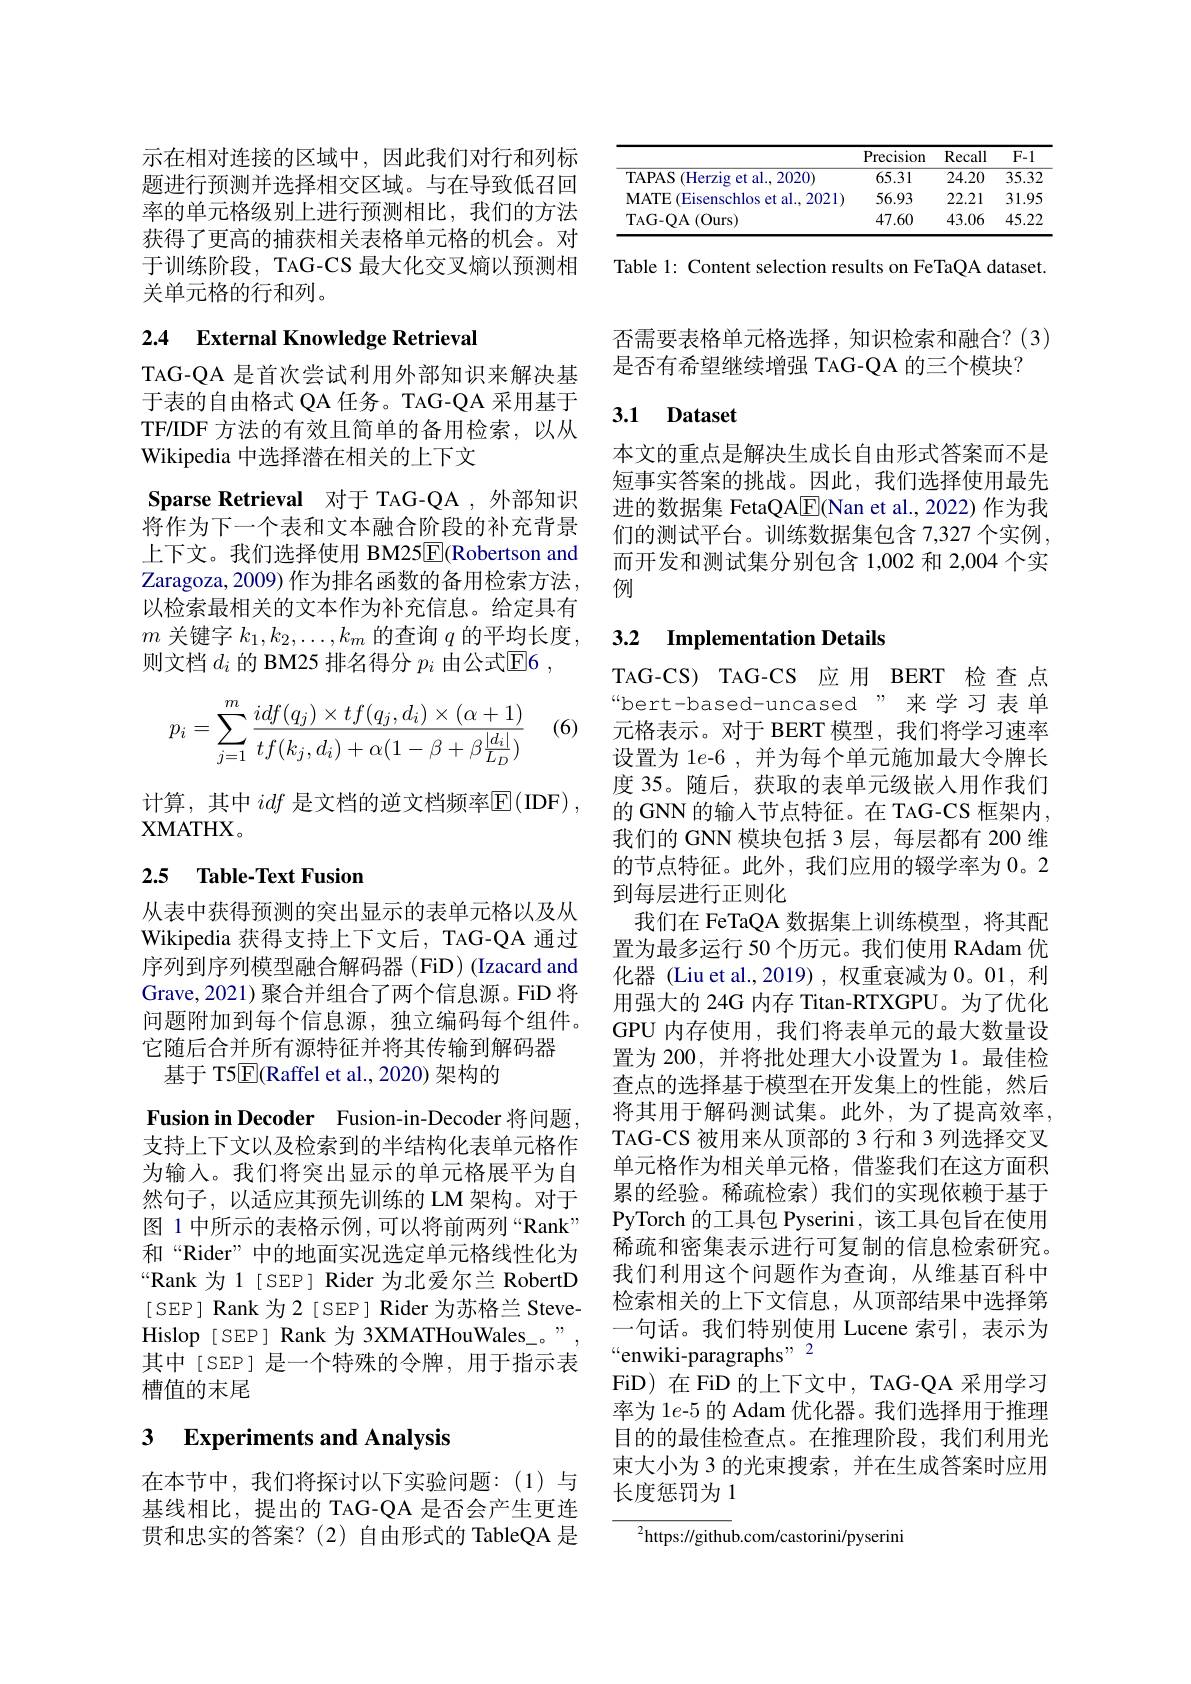
<table>
	<tbody>
		<tr>
			<th> </th>
			<th>Precision</th>
			<th>Recall</th>
			<th>$F-1$</th>
		</tr>
		<tr>
			<td>TAPAS T (Herzig et al., 2020)</td>
			<td>65.31</td>
			<td>24.20</td>
			<td>35.32</td>
		</tr>
		<tr>
			<td>MATE ( Eisenschlos et al. , 2021) </td>
			<td>56.93</td>
			<td>22.21</td>
			<td>31.95</td>
		</tr>
		<tr>
			<td>TAG- QA ( Ours) </td>
			<td>47.60</td>
			<td>43.06</td>
			<td>45.22</td>
		</tr>
	</tbody>
</table>

Table 1: Content selection results on FeTaQA dataset.

示在相对连接的区域中，因此我们对行和列标题进行预测并选择相交区域。与在导致低召回率的单元格级别上进行预测相比，我们的方法获得了更高的捕获相关表格单元格的机会。对于训练阶段，TAG-CS 最大化交叉熵以预测相关单元格的行和列。

# 2.4 External Knowledge Retrieval

TAG-QA 是首次尝试利用外部知识来解决基于表的自由格式 QA 任务。TAG-QA 采用基于TF/IDF 方法的有效且简单的备用检索，以从Wikipedia 中选择潜在相关的上下文

Sparse Retrieval 对于 TAG-QA ,外部知识将作为下一个表和文本融合阶段的补充背景上下文。我们选择使用 BM25$\overline{\mathrm{E}}($Robertson and Zaragoza, 2009) 作为排名函数的备用检索方法， 以检索最相关的文本作为补充信息。给定具有$m$关键字$k_1,k_2,\ldots,k_m$的查询$q$的平均长度， 则文档$d_i$的 BM25 排名得分$p_i$由公式$\mathbb{E}6$,

(6)
$$\begin{aligned}p_i=\sum_{j=1}^m\frac{idf(q_j)\times tf(q_j,d_i)\times(\alpha+1)}{tf(k_j,d_i)+\alpha(1-\beta+\beta\frac{|d_i|}{L_D})}\end{aligned}$$
计算，其中 idf 是文档的逆文档频率$\overline{\mathrm{E}}($IDF),
XMATHX。

# 2.5 Table-Text Fusion

从表中获得预测的突出显示的表单元格以及从Wikipedia 获得支持上下文后，TAG-QA 通过序列到序列模型融合解码器 (FiD) (Izacard and Grave,2021) 聚合并组合了两个信息源。FiD 将问题附加到每个信息源，独立编码每个组件。它随后合并所有源特征并将其传输到解码器
基于 T5$\overline{\mathrm{E}}($Raffel et al.,2020)架构的

Fusion in Decoder Fusion-in-Decoder 将问题， 支持上下文以及检索到的半结构化表单元格作为输入。我们将突出显示的单元格展平为自然句子，以适应其预先训练的 LM 架构。对于图 1 中所示的表格示例 ,可以将前两列“Rank” 和“Rider”中的地面实况选定单元格线性化为“Rank 为 1 [SEP] Rider 为北爱尔兰 RobertD [SEP] Rank 为2 [SEP] Rider 为苏格兰 SteveHislop [ SEP] Rank 为 3XMATHouWales\_。”, 槽值的末尾

## 3 Experiments and Analysis

在本节中，我们将探讨以下实验问题：(1)与基线相比，提出的 TAG-QA 是否会产生更连贯和忠实的答案？(2)自由形式的 TableQA 是

否需要表格单元格选择，知识检索和融合？(3)
是否有希望继续增强 TAG-QA 的三个模块？

### 3.1 Dataset

本文的重点是解决生成长自由形式答案而不是短事实答案的挑战。因此，我们选择使用最先进的数据集 FetaQA$\boxed{\mathrm{F}}($Nan et al.,2022)作为我们的测试平台。训练数据集包含 7,327 个实例， 而开发和测试集分别包含 1,002 和 2,004 个实例

## 3.2 Implementation Details

TAG-CS) TAG-CS 应用 BERT 检 查 点“bert-based-uncased”来学习表单元格表示。对于 BERT 模型，我们将学习速率设置为 1e-6 , 并为每个单元施加最大令牌长度 35。随后，获取的表单元级嵌人用作我们的 GNN 的输入节点特征。在 TAG-CS 框架内， 我们的 GNN 模块包括 3 层，每层都有 200 维的节点特征。此外，我们应用的辍学率为 0。2到每层进行正则化
我们在 FeTaQA 数据集上训练模型，将其配置为最多运行 50 个历元。我们使用 RAdam 优化器 (Liu et al.,2019) , 权重衰减为0。01,利用强大的 24G 内存 Titan-RTXGPU。为了优化GPU 内存使用，我们将表单元的最大数量设置为 200, 并将批处理大小设置为 1。最佳检查点的选择基于模型在开发集上的性能，然后将其用于解码测试集。此外，为了提高效率， TAG-CS 被用来从顶部的 3 行和 3 列选择交叉单元格作为相关单元格，借鉴我们在这方面积累的经验。稀疏检索)我们的实现依赖于基于PyTorch 的工具包 Pyserini, 该工具包旨在使用稀疏和密集表示进行可复制的信息检索研究。我们利用这个问题作为查询，从维基百科中检索相关的上下文信息，从顶部结果中选择第一句话。我们特别使用 Lucene 索引，表示为
FiD) 在 FiD 的上下文中，TAG-QA 采用学习率为 1e-5 的 Adam 优化器。我们选择用于推理目的的最佳检查点。在推理阶段，我们利用光束大小为 3 的光束搜索，并在生成答案时应用长度惩罚为1

$^2$https://github.com/castorini/pyserini